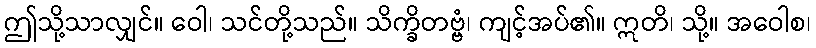
ဤသို့သာလျှင်။ ဝေါ၊ သင်တို့သည်။ သိက္ခိတဗ္ဗံ၊ ကျင့်အပ်၏။ ဣတိ၊ သို့။ အဝေါစ၊